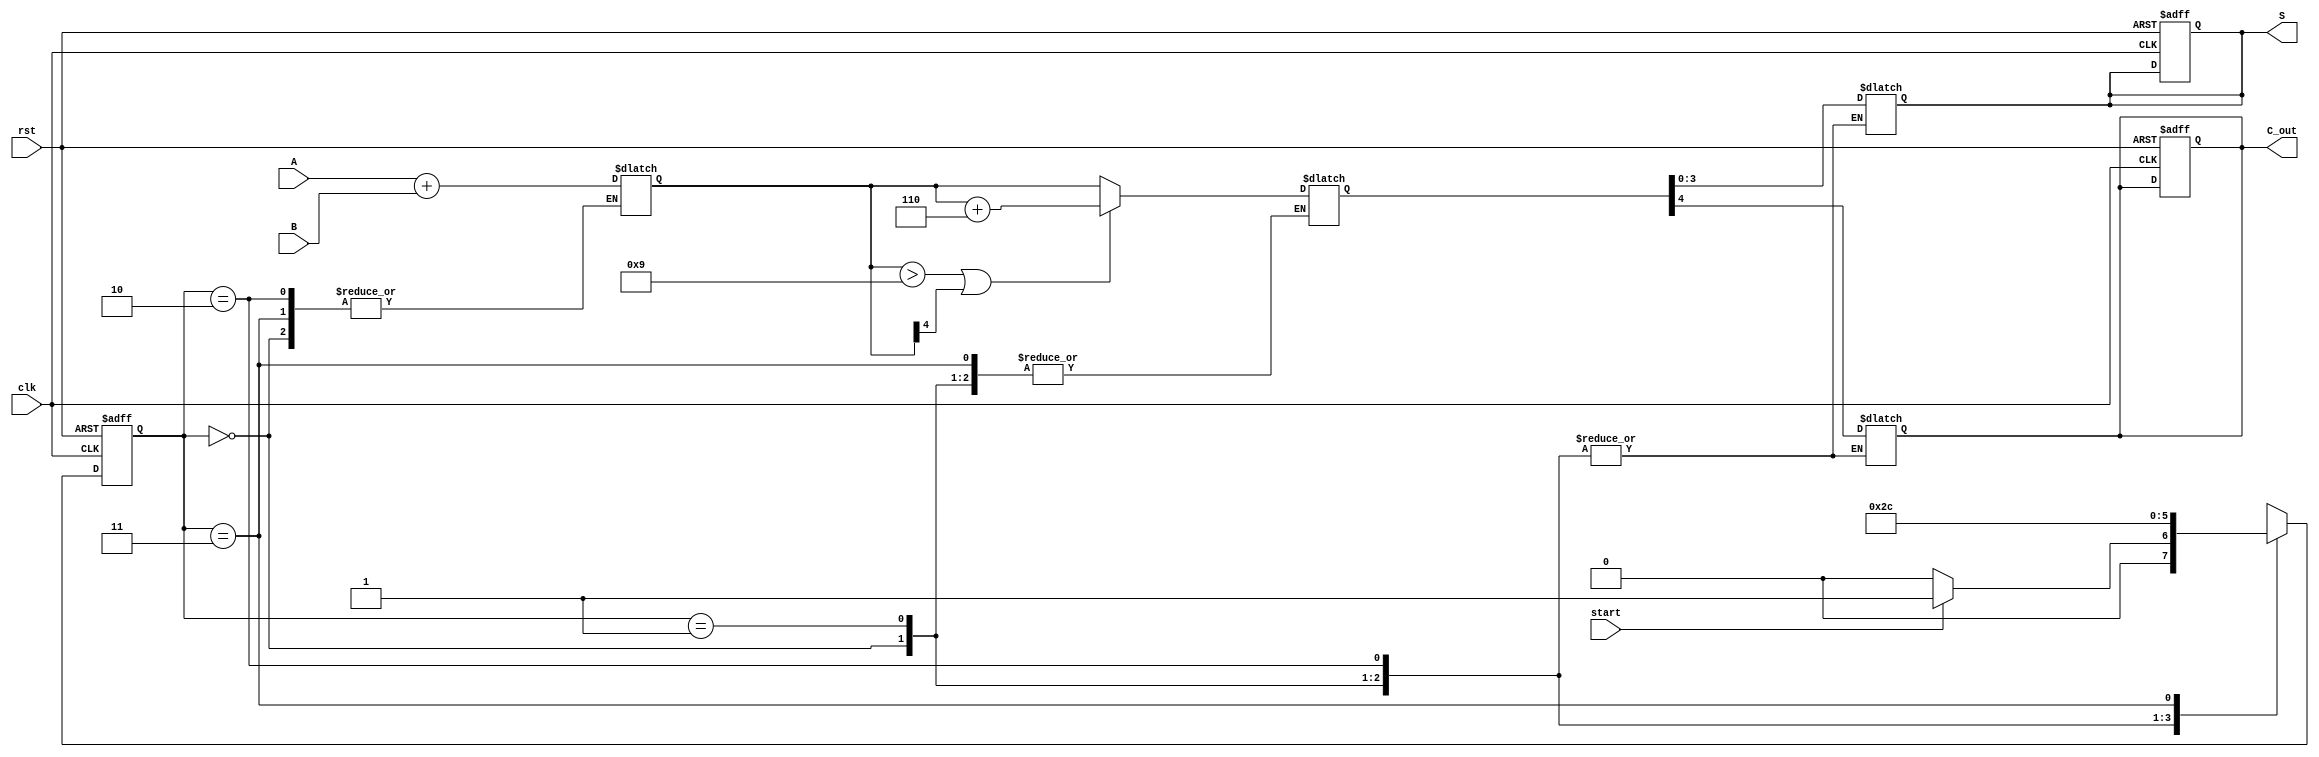
module BCD_Pipelined_Adder (
    input wire clk,            // Clock signal
    input wire rst,            // Reset signal
    input wire [3:0] A,       // BCD input A
    input wire [3:0] B,       // BCD input B
    input wire start,         // Control signal to start addition
    output reg [3:0] S,       // BCD output sum
    output reg C_out          // Carry-out signal
);

    // Internal signals
    reg [4:0] sum;            // Intermediate sum (5 bits for carry)
    reg [4:0] corrected_sum;  // Corrected sum after BCD adjustment
    reg [1:0] state;          // State for pipelining
    reg [1:0] next_state;     // Next state for pipelining

    // State encoding
    localparam IDLE = 2'b00;
    localparam ADD = 2'b01;
    localparam CORRECT = 2'b10;
    localparam OUTPUT = 2'b11;

    // State transition logic
    always @(posedge clk or posedge rst) begin
        if (rst) begin
            state <= IDLE;
            S <= 4'b0000;
            C_out <= 1'b0;
        end else begin
            state <= next_state;
        end
    end

    // Next state and output logic
    always @(*) begin
        case (state)
            IDLE: begin
                if (start) begin
                    next_state = ADD;
                end else begin
                    next_state = IDLE;
                end
            end

            ADD: begin
                sum = A + B; // Perform binary addition
                next_state = CORRECT;
            end

            CORRECT: begin
                if (sum > 9 || sum[4] == 1) begin
                    corrected_sum = sum + 5'b00110; // Add 6 for BCD correction
                    next_state = OUTPUT;
                end else begin
                    corrected_sum = sum; // No correction needed
                    next_state = OUTPUT;
                end
            end

            OUTPUT: begin
                S = corrected_sum[3:0]; // Assign corrected sum to output
                C_out = corrected_sum[4]; // Assign carry out
                next_state = IDLE; // Go back to IDLE
            end

            default: begin
                next_state = IDLE;
            end
        endcase
    end

endmodule